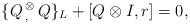
\begin{align*}\{Q\,{}_,^\otimes\, Q\}_{L}+[Q\otimes I,r]=0,\end{align*}